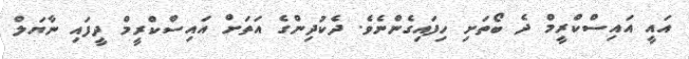
އައީ އައިސްކްރީމް ދެ ބޯތަށި ހިފައިގެންނެވެ. ދެކުދިންގެ އަތަށް އައިސްކްރީމް ދީފައި ނާޔަލް